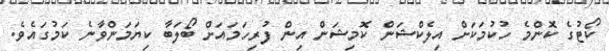
ކޯޓުގެ ކޮންމެ ހުކުމަކަށް އިލެކްޝަން ކޮމިޝަން އިން ފުރިހަމައަށް ބޯލަބާ ކިޔަމަންވާނެ ކަމުގައެވެ.